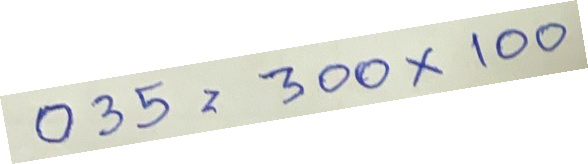
035 = 300x100